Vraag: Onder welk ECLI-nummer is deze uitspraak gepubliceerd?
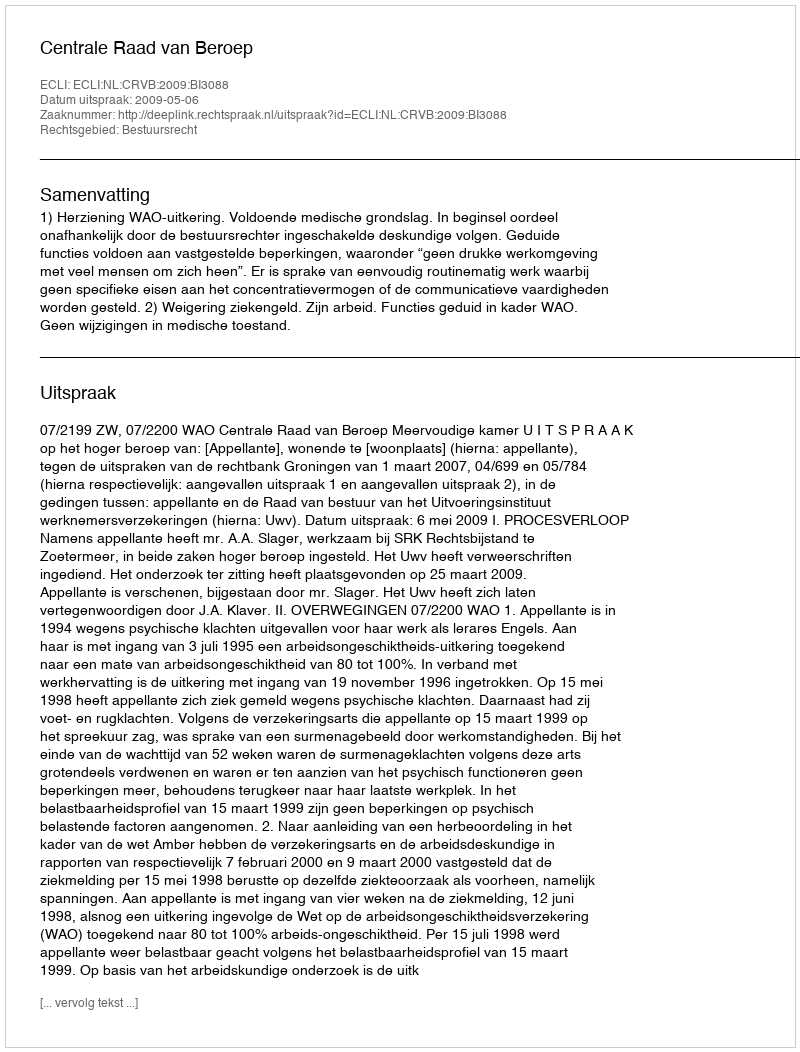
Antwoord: ECLI:NL:CRVB:2009:BI3088